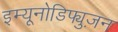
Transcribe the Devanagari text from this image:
इम्यूनोडिफ्युज़न